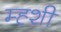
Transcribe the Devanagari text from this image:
म्ह्शी